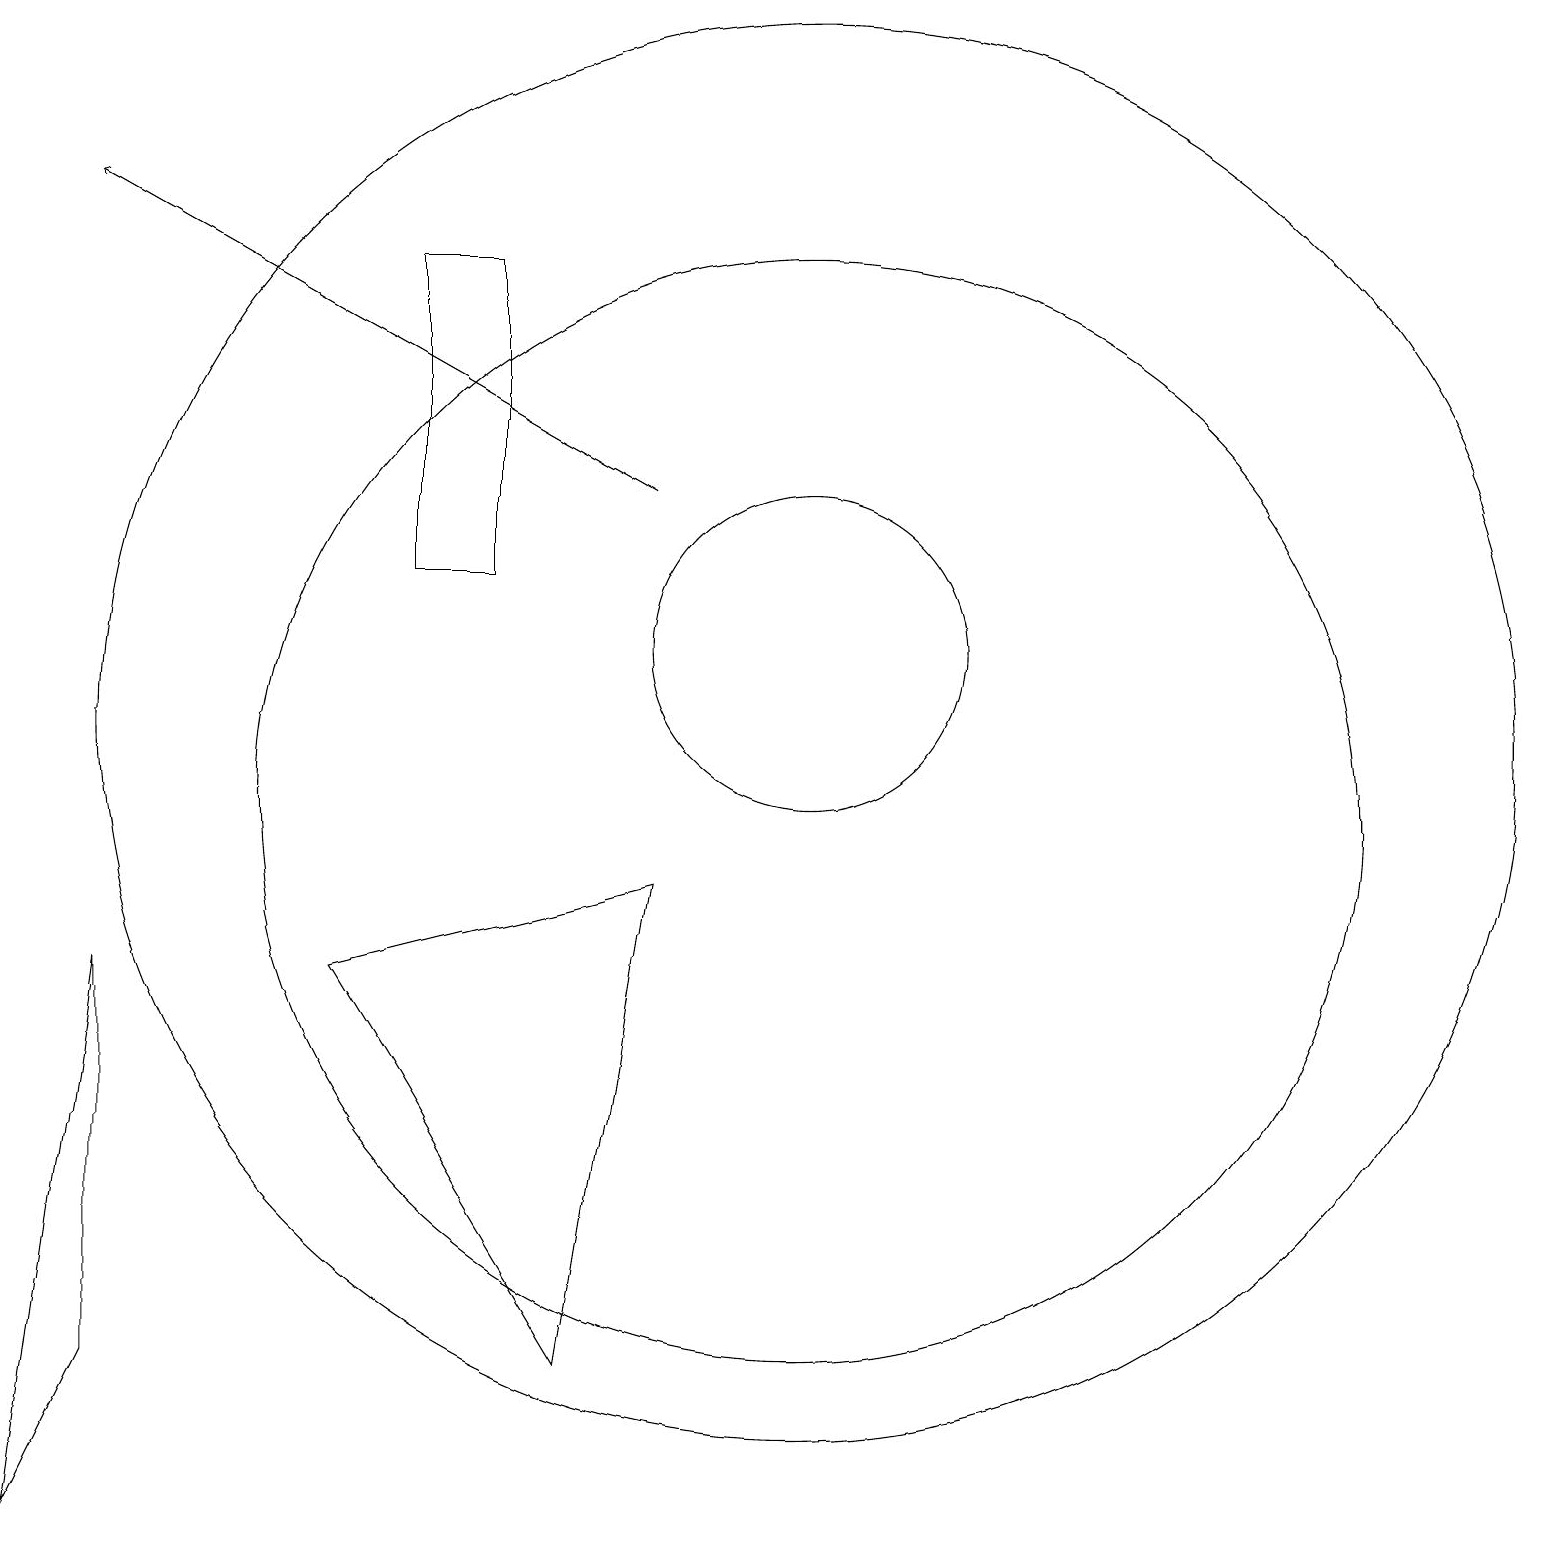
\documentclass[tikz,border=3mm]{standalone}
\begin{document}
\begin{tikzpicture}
\draw (10,12) circle (2);
\draw (6,13) rectangle (5,17);
\draw (0,1) -- (1,8) -- (1,3) -- cycle;
\draw (10,11) circle (9);
\draw (7,3) -- (8,9) -- (4,8) -- cycle;
\draw (10,10) circle (7);
\draw (12,12) circle (0);
\draw[->] (8,14) -- (1,18);
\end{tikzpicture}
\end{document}